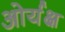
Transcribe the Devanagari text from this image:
ओर्यक्ष